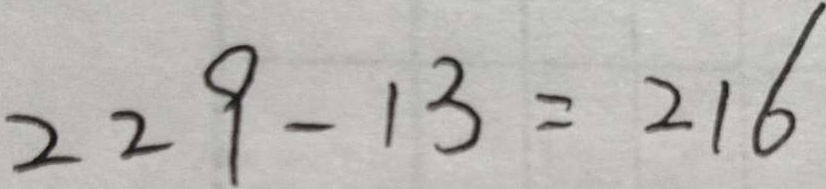
2 2 9 - 1 3 = 2 1 6